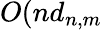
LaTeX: O(nd_{n,m}